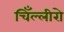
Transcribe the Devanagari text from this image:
चिँल्लीरो